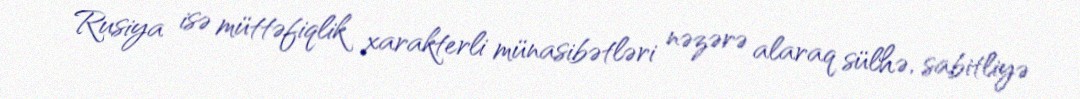
Rusiya isə müttəfiqlik xarakterli münasibətləri nəzərə alaraq sülhə, sabitliyə